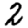
Digit: 2